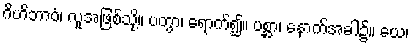
ဂိဟိဘာဝံ၊ လူအဖြစ်သို့။ ပတွာ၊ ရောက်၍။ ပစ္ဆာ၊ နောက်အခါ၌။ ယေ၊